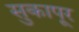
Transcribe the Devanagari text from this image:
सुकापूर